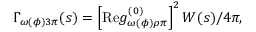
\Gamma _ { \omega ( \phi ) 3 \pi } ( s ) = \left[ \mathrm { R e } g _ { \omega ( \phi ) \rho \pi } ^ { ( 0 ) } \right] ^ { 2 } W ( s ) / 4 \pi ,